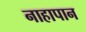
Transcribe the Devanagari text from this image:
नाहापान